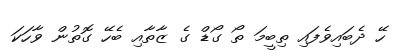
ހޭ ދެބައިވެފައި ތިބީމަ ތޯ ގޯޑް ގެ ޒާތާއި ބެހޭ ގޮތުން ވާހަކަ